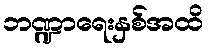
ဘဏ္ဍာရေးနှစ်အထိ